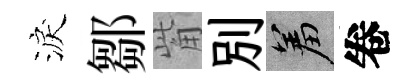
淚鄒觜別羞卷